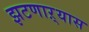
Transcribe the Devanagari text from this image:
झटणाऱ्यास